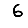
Digit: 6